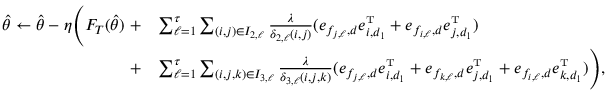
\begin{array} { r l } { \hat { \theta } \leftarrow \hat { \theta } - \eta \Bigg ( F _ { T } ( \hat { \theta } ) \ + } & { \sum _ { \ell = 1 } ^ { \tau } \sum _ { ( i , j ) \in I _ { 2 , \ell } } \frac { \lambda } { \delta _ { 2 , \ell } ( i , j ) } ( e _ { f _ { j , \ell } , d } e _ { i , d _ { 1 } } ^ { \mathrm { \scriptscriptstyle T } } + e _ { f _ { i , \ell } , d } e _ { j , d _ { 1 } } ^ { \mathrm { \scriptscriptstyle T } } ) } \\ { + } & { \sum _ { \ell = 1 } ^ { \tau } \sum _ { ( i , j , k ) \in I _ { 3 , \ell } } \frac { \lambda } { \delta _ { 3 , \ell } ( i , j , k ) } ( e _ { f _ { j , \ell } , d } e _ { i , d _ { 1 } } ^ { \mathrm { \scriptscriptstyle T } } + e _ { f _ { k , \ell } , d } e _ { j , d _ { 1 } } ^ { \mathrm { \scriptscriptstyle T } } + e _ { f _ { i , \ell } , d } e _ { k , d _ { 1 } } ^ { \mathrm { \scriptscriptstyle T } } ) \Bigg ) , } \end{array}